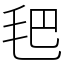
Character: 𣬶